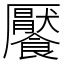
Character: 饜